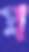
প্র